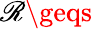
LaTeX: \mathscr{R}\geqs